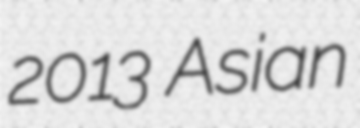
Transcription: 2013 Asian